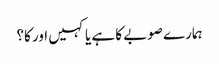
ہمارے صوبے کا ہے یا کہیں اور کا؟